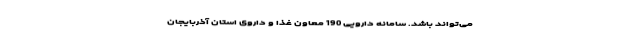
می‌تواند باشد. سامانه دارویی 190 معاون غذا و داروی استان آذربایجان